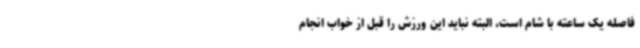
فاصله یک ساعته با شام است، البته نباید این ورزش را قبل از خواب انجام